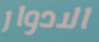
الادوار